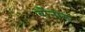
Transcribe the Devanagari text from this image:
बोंनारू